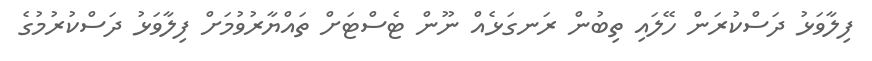
ފިލާވަޅު ދަސްކުރަން ހޭލައި ތިބުން ރަނގަޅެއް ނޫން ޓެސްޓަށް ތައްޔާރުވުމަށް ފިލާވަޅު ދަސްކުރުމުގެ